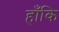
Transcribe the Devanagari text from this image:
हाँकि